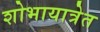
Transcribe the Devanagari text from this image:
शोभायात्रेत